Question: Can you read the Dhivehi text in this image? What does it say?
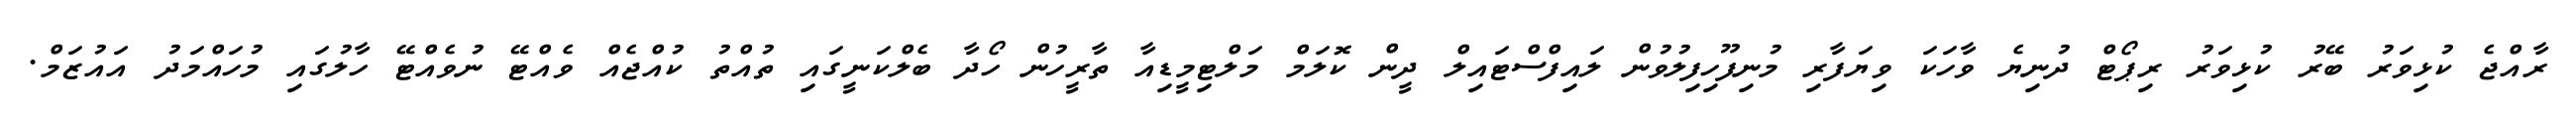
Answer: ރާއްޖެ ކުޅިވަރު ބޭރު ކުޅިވަރު ރިޕޯޓް ދުނިޔެ ވާހަކަ ވިޔަފާރި މުނިފޫހިފިލުވުން ލައިފްސްޓައިލް ދީން ކޮލަމް މަލްޓިމީޑިއާ ތާރީހުން ހޯދާ ބެލްކަނީގައި ތުއްތު ކުއްޖެއް ވެއްޓޭ ނުވެއްޓޭ ހާލުގައި މުހައްމަދު އައުޒަމް.